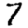
Digit: 7